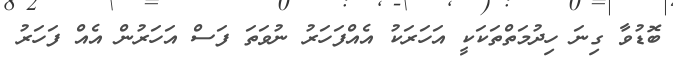
ބޮޑުވާ ގިނަ ހިދުމަތްތަކަކީ އަހަރަކު އެއްފަހަރު ނުވަތަ ފަސް އަހަރުން އެއް ފަހަރު